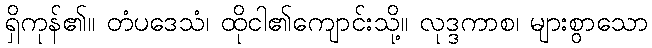
ရှိကုန်၏။ တံပဒေသံ၊ ထိုငါ၏ကျောင်းသို့။ လုဒ္ဒကာစ၊ များစွာသော